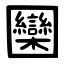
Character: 圞